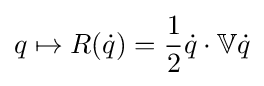
q\mapsto R({\dot {q}})={\frac {1}{2}}{\dot {q}}\cdot \mathbb {V} {\dot {q}}